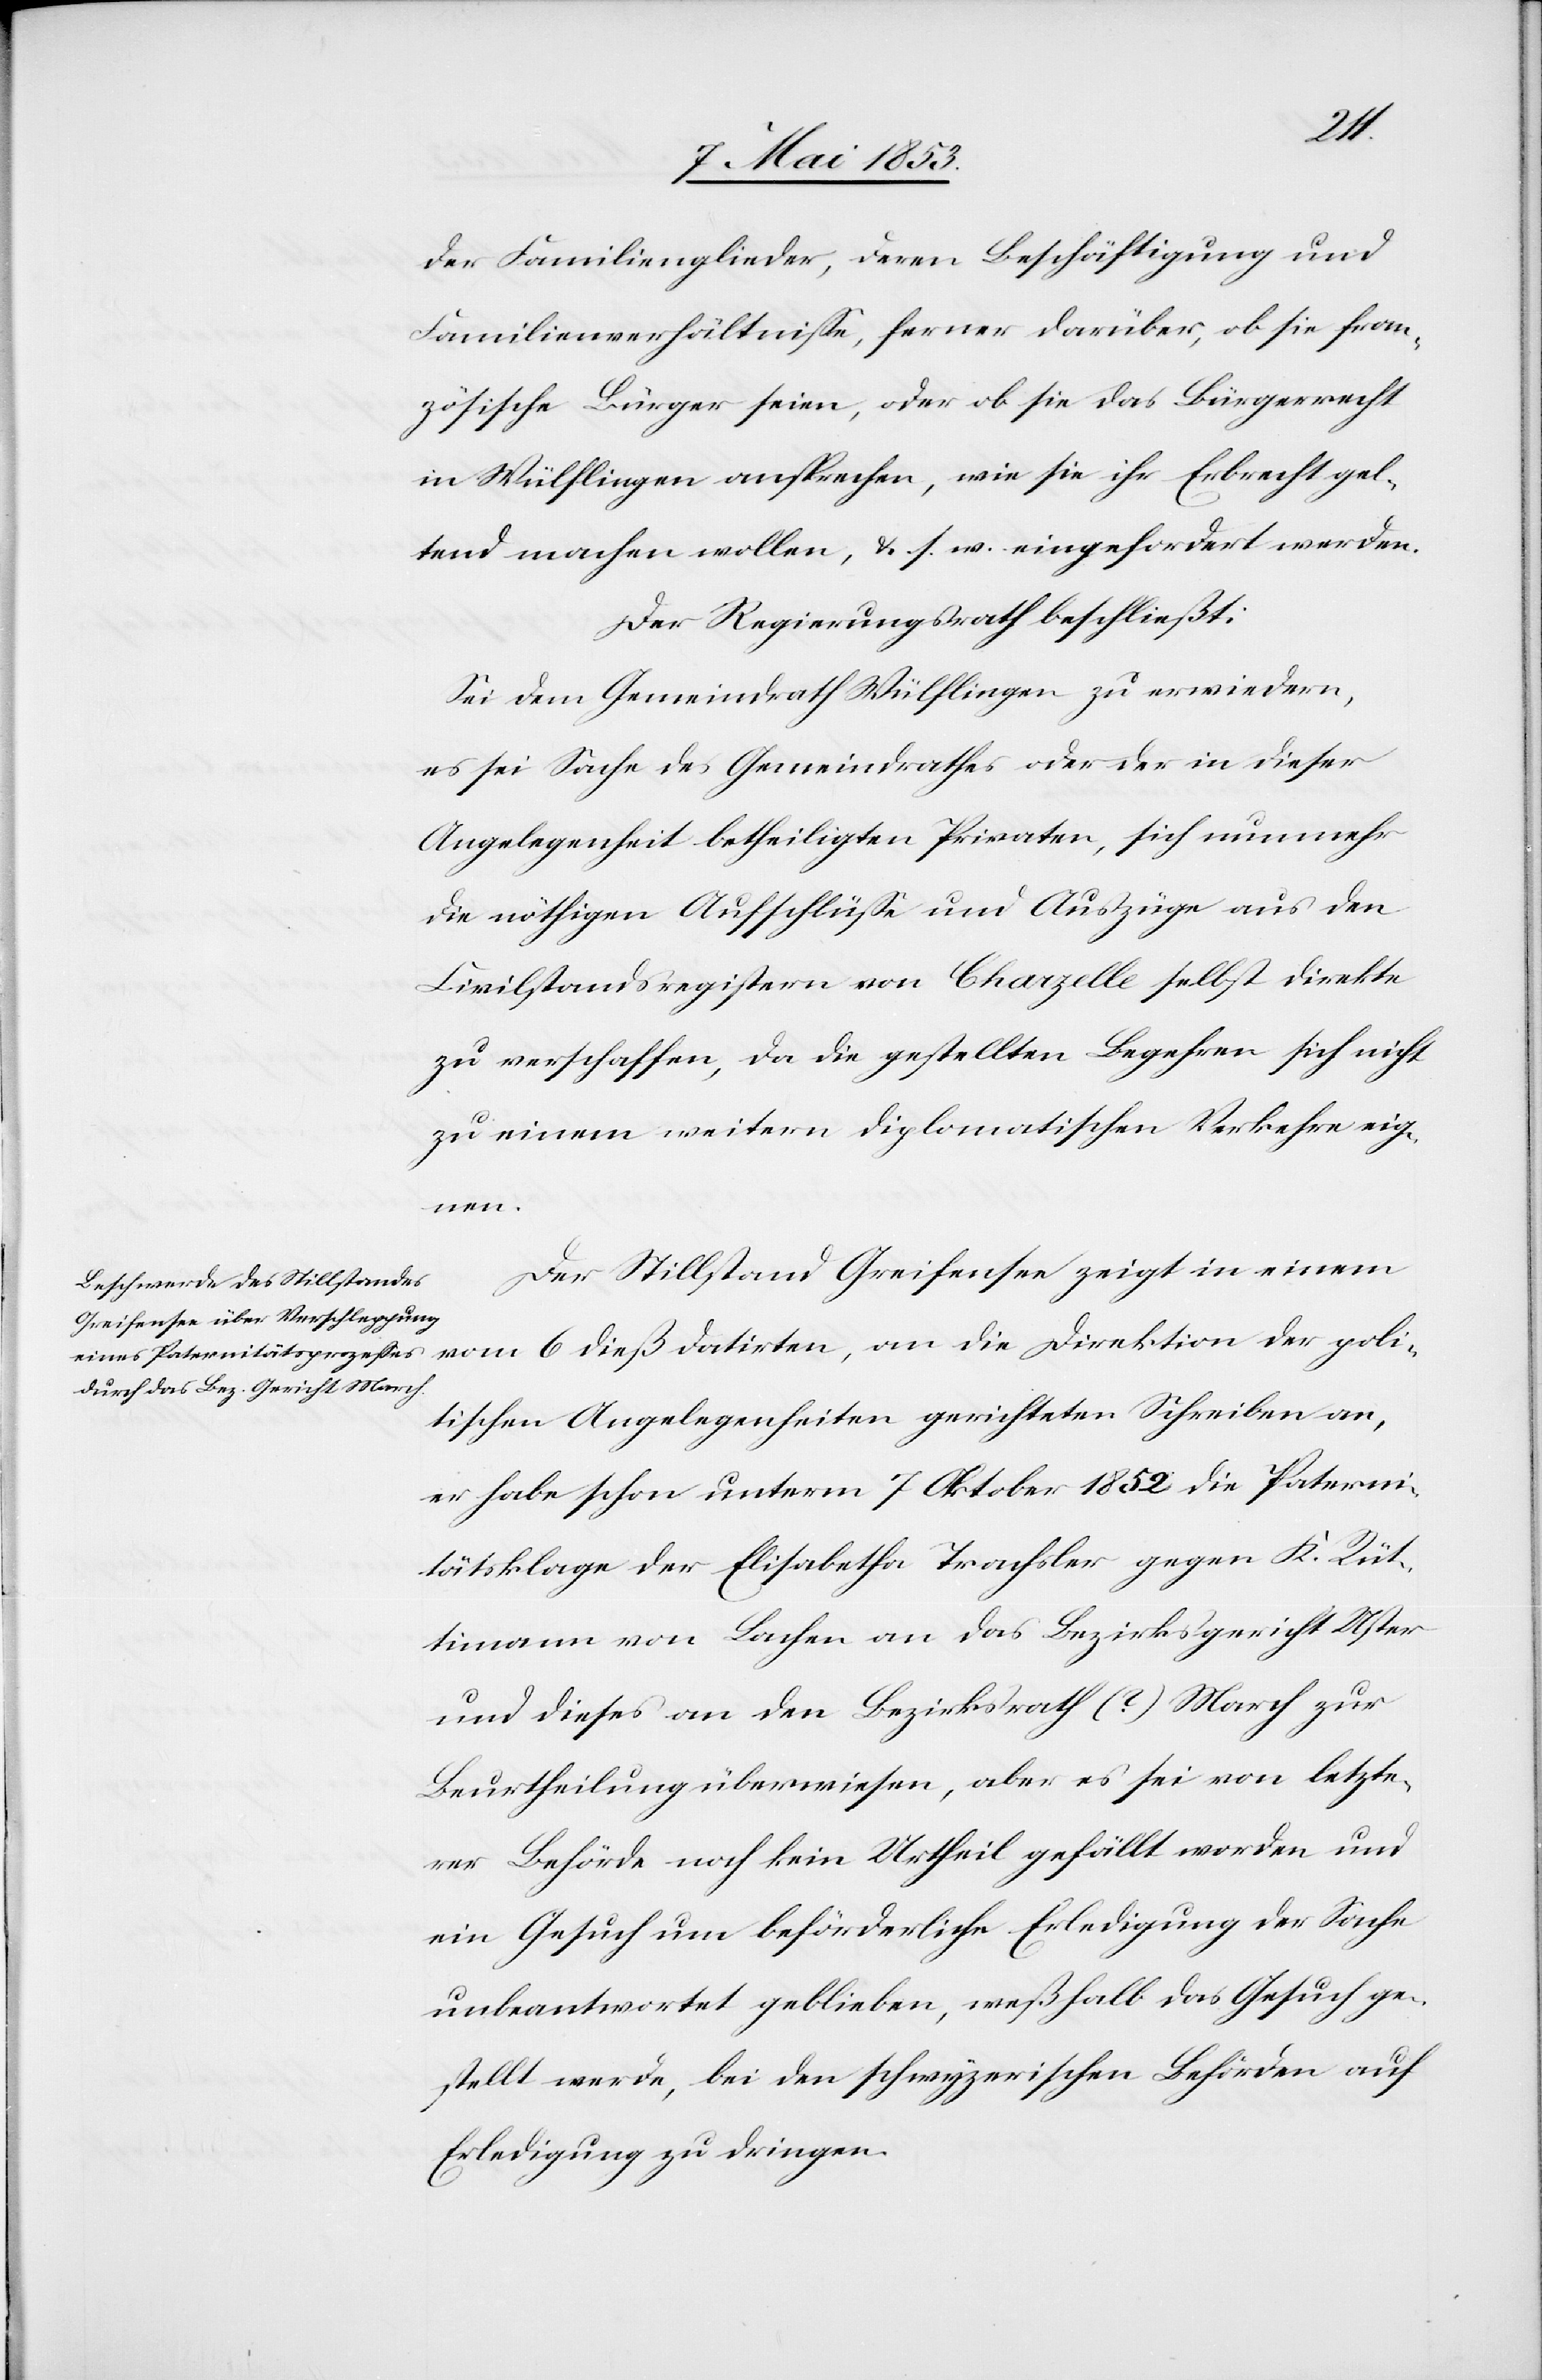
der Familienglieder, deren Beschäftigung und
Familienverhältniße, ferner darüber, ob sie fran¬
zösische Bürger seien, oder ob sie ihr Erbrecht
geltend machen wollen, u. s. w. eingefordert werden.
Der Regierungsrath beschließt:
Sei dem Gemeindrath Wüflingen zu erwiedern,
es sei die Sache des Gemeindrathes oder der in dieser
Angelegenheit betheiligten Privaten, sich nunmehr
die nöthigen Aufschlüße und Auszüge aus den
Civilstandsregistern von Chapelle selbst direkte
zu verschaffen, da die gestellten Begehren sich nicht
zu einem weitern diplomatischen Verkehre eig¬
nen.
Der Stillstand Greifensee zeigt in einem
vom 6 dieß datirten, an die Direktion der poli¬
tischen Angelegenheiten gerichteten Schreiben an,
er habe schon unterm 7 Oktober 1852 die Paterni¬
tätsklage der Elisabetha Trachsler gegen K. Rüt¬
timann von Lachen an das Bezirksgericht Uster
und dieses an den Bezirksrath (?) March zur
Beurtheilung überwiesen, aber es sei von letzte¬
rer Behörde noch kein Urtheil gefällt worden und
ein Gesuch um beförderliche Erledigung der Sache
unbeantwortet geblieben, weßhalb das Gesuch ge¬
stellt werde, bei den schweizerischen Behörden auf
Erledigung zu dringen.